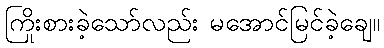
ကြိုးစားခဲ့သော်လည်း မအောင်မြင်ခဲ့ချေ။